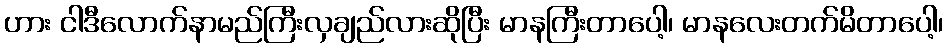
ဟား ငါဒီလောက်နာမည်ကြီးလှချည်လားဆိုပြီး မာနကြီးတာပေါ့၊ မာနလေးတက်မိတာပေါ့၊